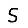
Digit: 5